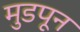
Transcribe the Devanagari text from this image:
मुडपून